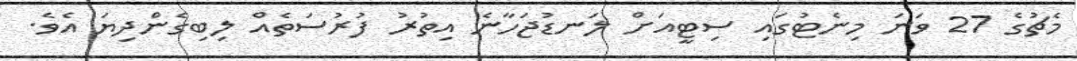
މެޗުގެ 27 ވަނަ މިނެޓުގައި ސިޓީއަށް ލަނޑުޖަހާނެ އިތުރު ފުރުސަތެއް ލިބިގެންދިޔަ އެވެ.